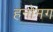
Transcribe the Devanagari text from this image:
हनोमग